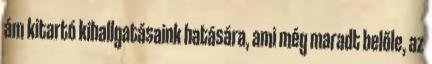
ám kitartó kihallgatásaink hatására, ami még maradt belőle, az